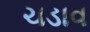
ચડાવ